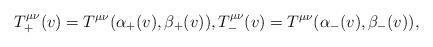
LaTeX: \begin{align*} T^{\mu\nu}_+(v)=T^{\mu\nu}(\alpha_+(v),\beta_+(v)),T^{\mu\nu}_-(v)=T^{\mu\nu}(\alpha_-(v),\beta_-(v)),\end{align*}